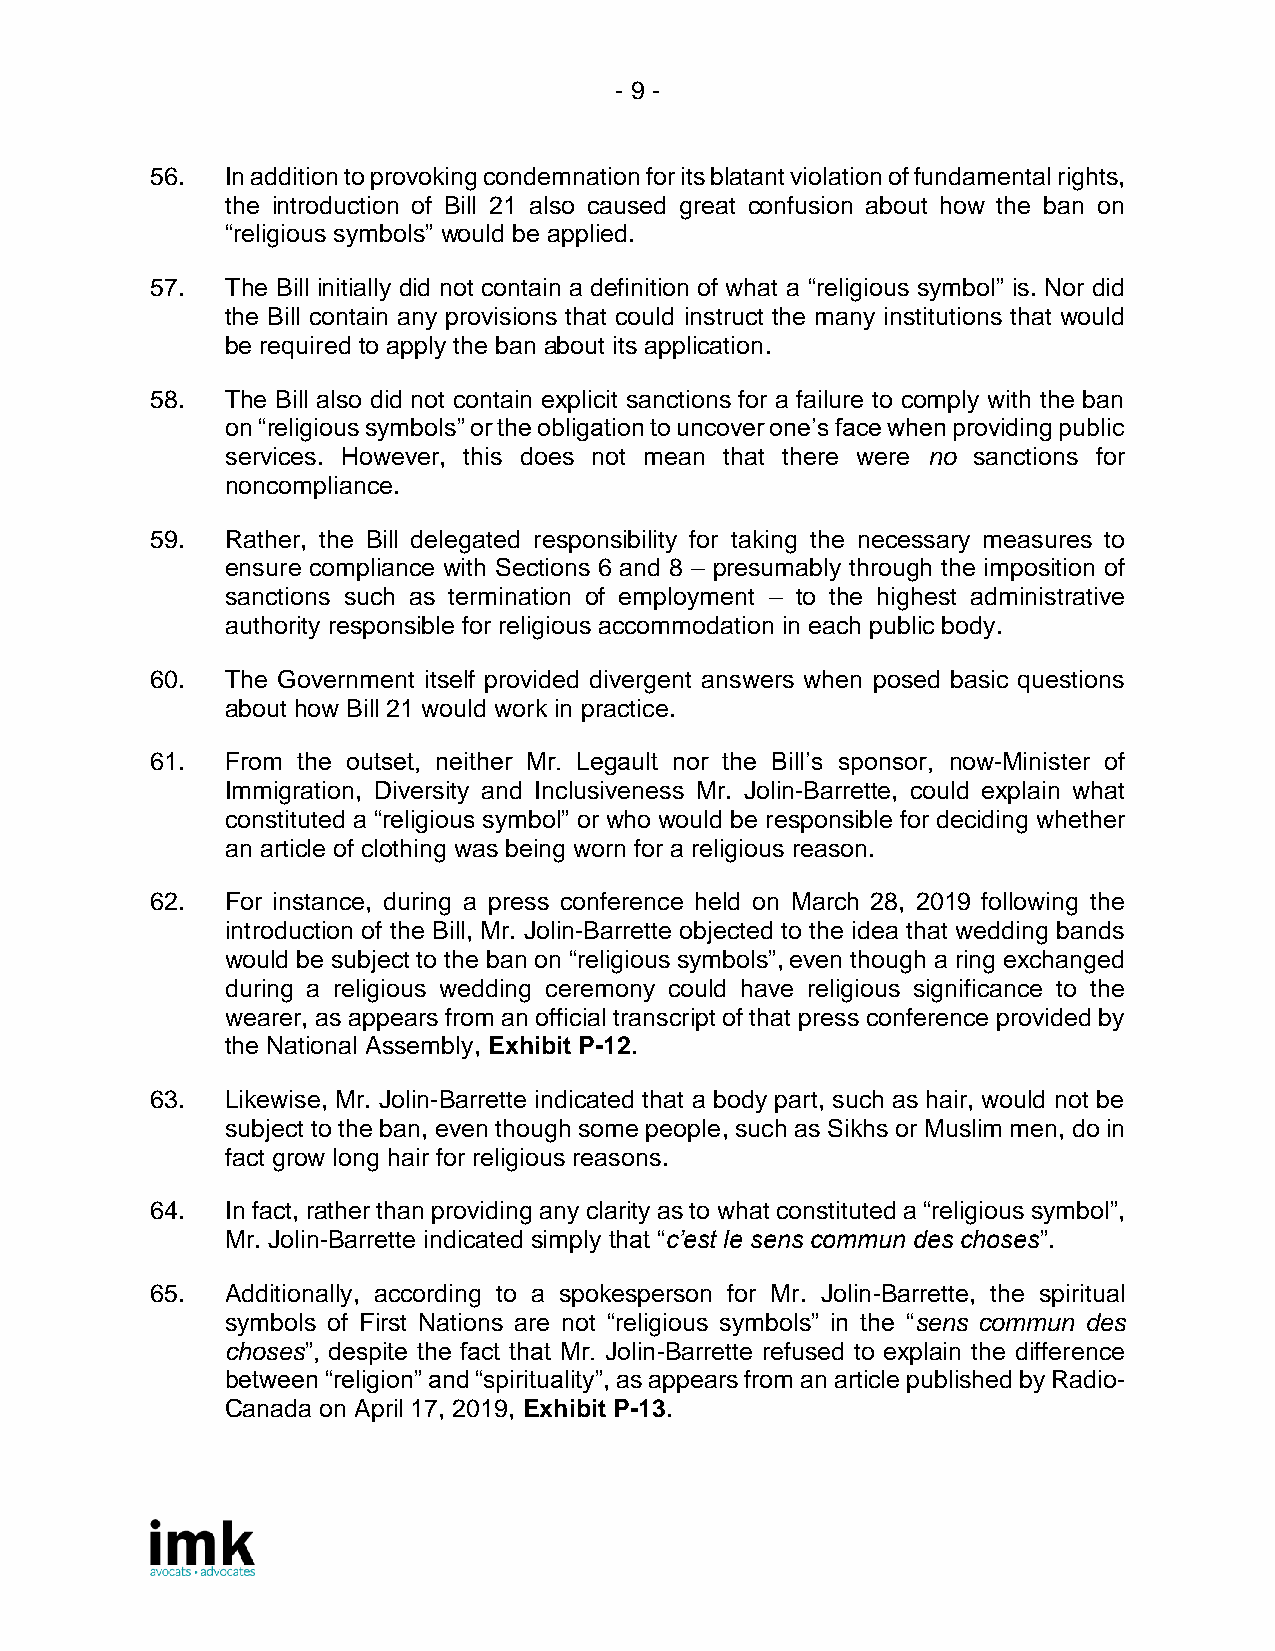
- 9 -
 56.  In addition to provoking condemnation for its blatant violation of fundamental rights,
 the introduction of Bill 21 also caused great confusion about how the ban on
 “religious symbols” would be applied.
 57.  The Bill initially did not contain a definition of what a “religious symbol” is. Nor did
 the Bill contain any provisions that could instruct the many institutions that would
 be required to apply the ban about its application.
 58.  The Bill also did not contain explicit sanctions for a failure to comply with the ban
 on “religious symbols” or the obligation to uncover one’s face when providing public
 services. However, this does not mean that there were no sanctions for
 noncompliance.
 59.  Rather, the Bill delegated responsibility for taking the necessary measures to
 ensure compliance with Sections 6 and 8 – presumably through the imposition of
 sanctions such as termination of employment – to the highest administrative
 authority responsible for religious accommodation in each public body.
 60.  The Government itself provided divergent answers when posed basic questions
 about how Bill 21 would work in practice.
 61.  From the outset, neither Mr. Legault nor the Bill’s sponsor, now-Minister of
 Immigration, Diversity and Inclusiveness Mr. Jolin-Barrette, could explain what
 constituted a “religious symbol” or who would be responsible for deciding whether
 an article of clothing was being worn for a religious reason.
 62.  For instance, during a press conference held on March 28, 2019 following the
 introduction of the Bill, Mr. Jolin-Barrette objected to the idea that wedding bands
 would be subject to the ban on “religious symbols”, even though a ring exchanged
 during a religious wedding ceremony could have religious significance to the
 wearer, as appears from an official transcript of that press conference provided by
 the National Assembly, Exhibit P-12.
 63.  Likewise, Mr. Jolin-Barrette indicated that a body part, such as hair, would not be
 subject to the ban, even though some people, such as Sikhs or Muslim men, do in
 fact grow long hair for religious reasons.
 64.  In fact, rather than providing any clarity as to what constituted a “religious symbol”,
 Mr. Jolin-Barrette indicated simply that “c’est le sens commun des choses”.
 65.  Additionally, according to a spokesperson for Mr. Jolin-Barrette, the spiritual
 symbols of First Nations are not “religious symbols” in the “sens commun des
 choses”, despite the fact that Mr. Jolin-Barrette refused to explain the difference
 between “religion” and “spirituality”, as appears from an article published by Radio-
 Canada on April 17, 2019, Exhibit P-13.